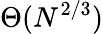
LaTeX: \Theta(N^{2/3})